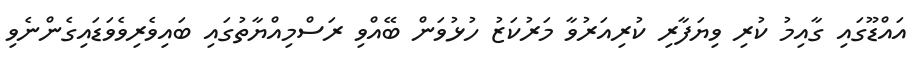
އައްޑޫގައި ގާއިމު ކުރި ވިޔަފާރި ކުރިއަރުވާ މަރުކަޒު ހުޅުވަން ބޭއްވި ރަސްމިއްޔާތުގައި ބައިވެރިވެވަޑައިގެންނެވި